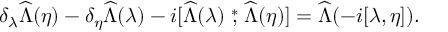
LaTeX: \delta _ { \lambda } \widehat \Lambda ( \eta ) - \delta _ { \eta } \widehat \Lambda ( \lambda ) - i [ \widehat \Lambda ( \lambda ) \stackrel { * } { , } \widehat \Lambda ( \eta ) ] = \widehat \Lambda ( - i [ \lambda , \eta ] ) .